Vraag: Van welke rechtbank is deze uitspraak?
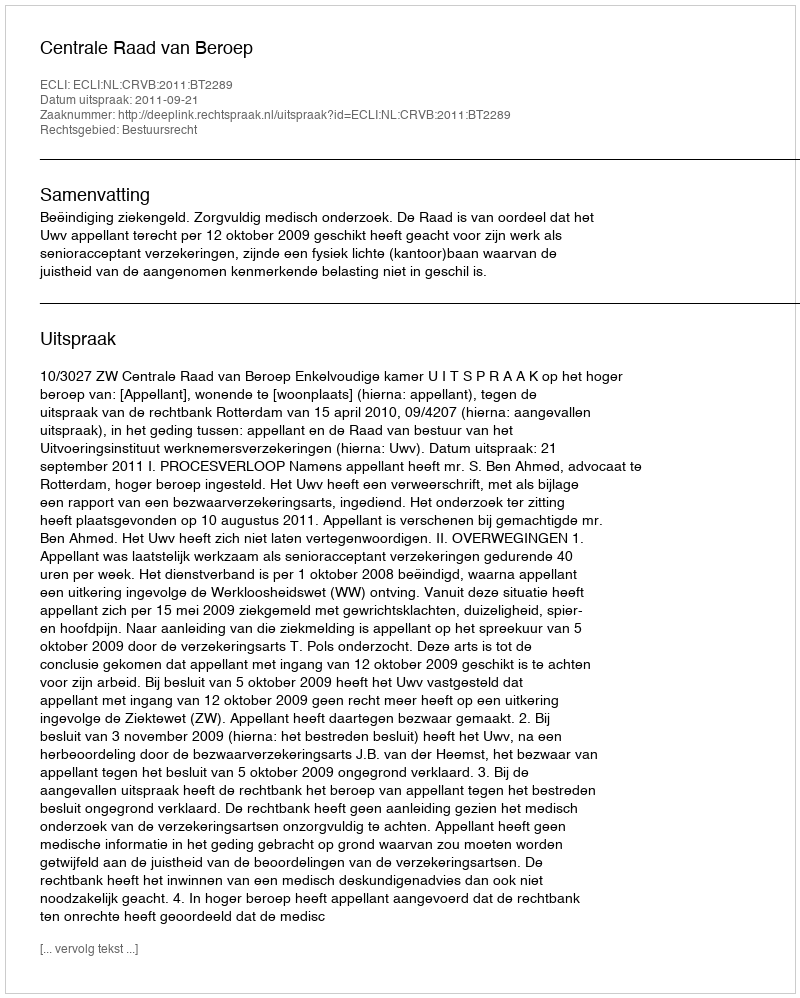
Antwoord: Centrale Raad van Beroep